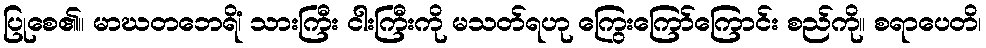
ပြုစေ၏။ မာဃတဘေရိံ၊ သားကြီး ငါးကြီးကို မသတ်ရဟု ကြွေးကြော်ကြောင်း စည်ကို။ စရာပေတိ၊